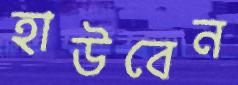
হাউবেন